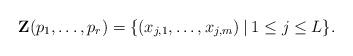
LaTeX: \begin{align*}\mathbf{Z}(p_1,\ldots,p_r)=\{(x_{j,1},\ldots,x_{j,m})\: | \: 1\leq j \leq L\}.\end{align*}